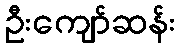
ဦးကျော်ဆန်း